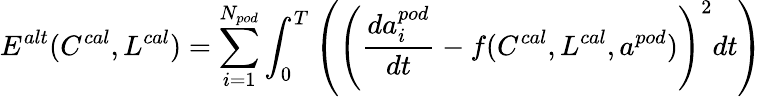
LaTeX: E^{alt}(C^{cal},L^{cal})=\sum_{i=1}^{N_{pod}}\int_{0}^{T}\left(\left(\frac{da_{i}^{pod}}{dt}-f(C^{cal},L^{cal},a^{pod})\right)^{2}dt\right)